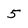
Character: 5